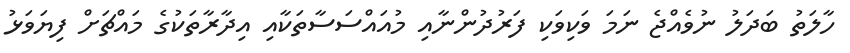
ހާލަތު ބަދަލު ނުވެއްޖެ ނަމަ ވަކިވަކި ފަރުދުންނާއި މުއައްސަސާތަކާއި އިދާރާތަކުގެ މައްޗަށް ފިޔަވަޅު